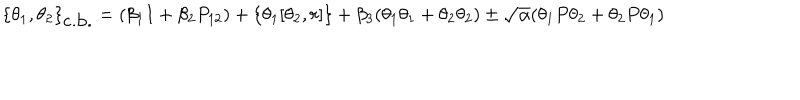
\{ \theta _ { 1 } , \theta _ { 2 } \} _ { \mathrm { c . b . } } = ( \beta _ { 1 } I + \beta _ { 2 } P _ { 1 2 } ) + \{ \theta _ { 1 } [ \theta _ { 2 } , r ] \} + \beta _ { 3 } ( \theta _ { 1 } \theta _ { 1 } + \theta _ { 2 } \theta _ { 2 } ) \pm \sqrt { \alpha } ( \theta _ { 1 } P \theta _ { 2 } + \theta _ { 2 } P \theta _ { 1 } )